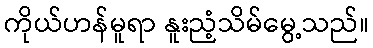
ကိုယ်ဟန်မူရာ နူးညံ့သိမ်မွေ့သည်။